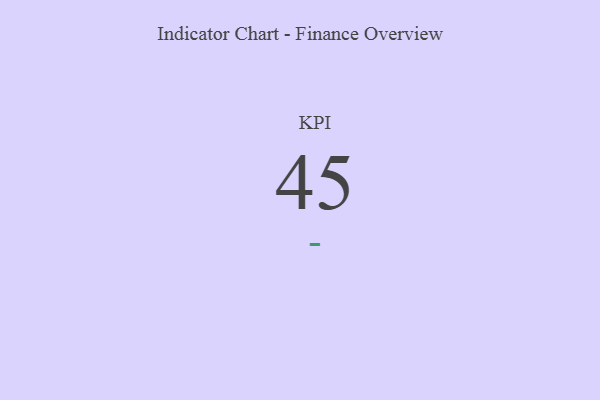
{"axis": {"x": "KPI", "y": "Value"}, "legend": [""], "data": [{"x": "KPI", "y": 45, "type": ""}]}